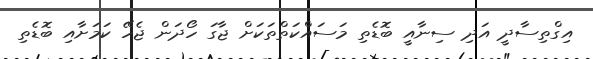
އިގްތިސާދީ އަދި ސިނާއީ ބޮޑެތި މަސައްކަތްތަކަށް ޖާގަ ހޯދަން ޖެހޭ ކަމަށާއި ބޮޑެތި